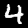
Label: 4